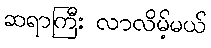
ဆရာကြီး လာလိမ့်မယ်